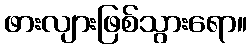
ဖားလျားဖြစ်သွားရော။